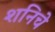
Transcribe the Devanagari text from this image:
शनिचे